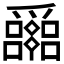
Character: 𤕈